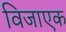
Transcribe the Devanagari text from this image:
विजाएक